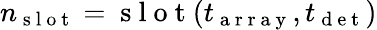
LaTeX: n_{\mathrm{~s~l~o~t~}}=\mathrm{~s~l~o~t~}(t_{\mathrm{~a~r~r~a~y~}},t_{\mathrm{~d~e~t~}})